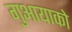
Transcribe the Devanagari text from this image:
गुआयाको